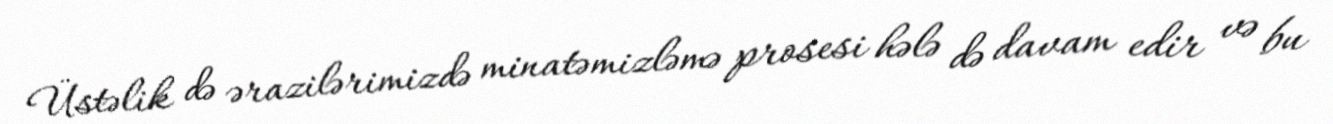
Üstəlik də ərazilərimizdə minatəmizləmə prosesi hələ də davam edir və bu